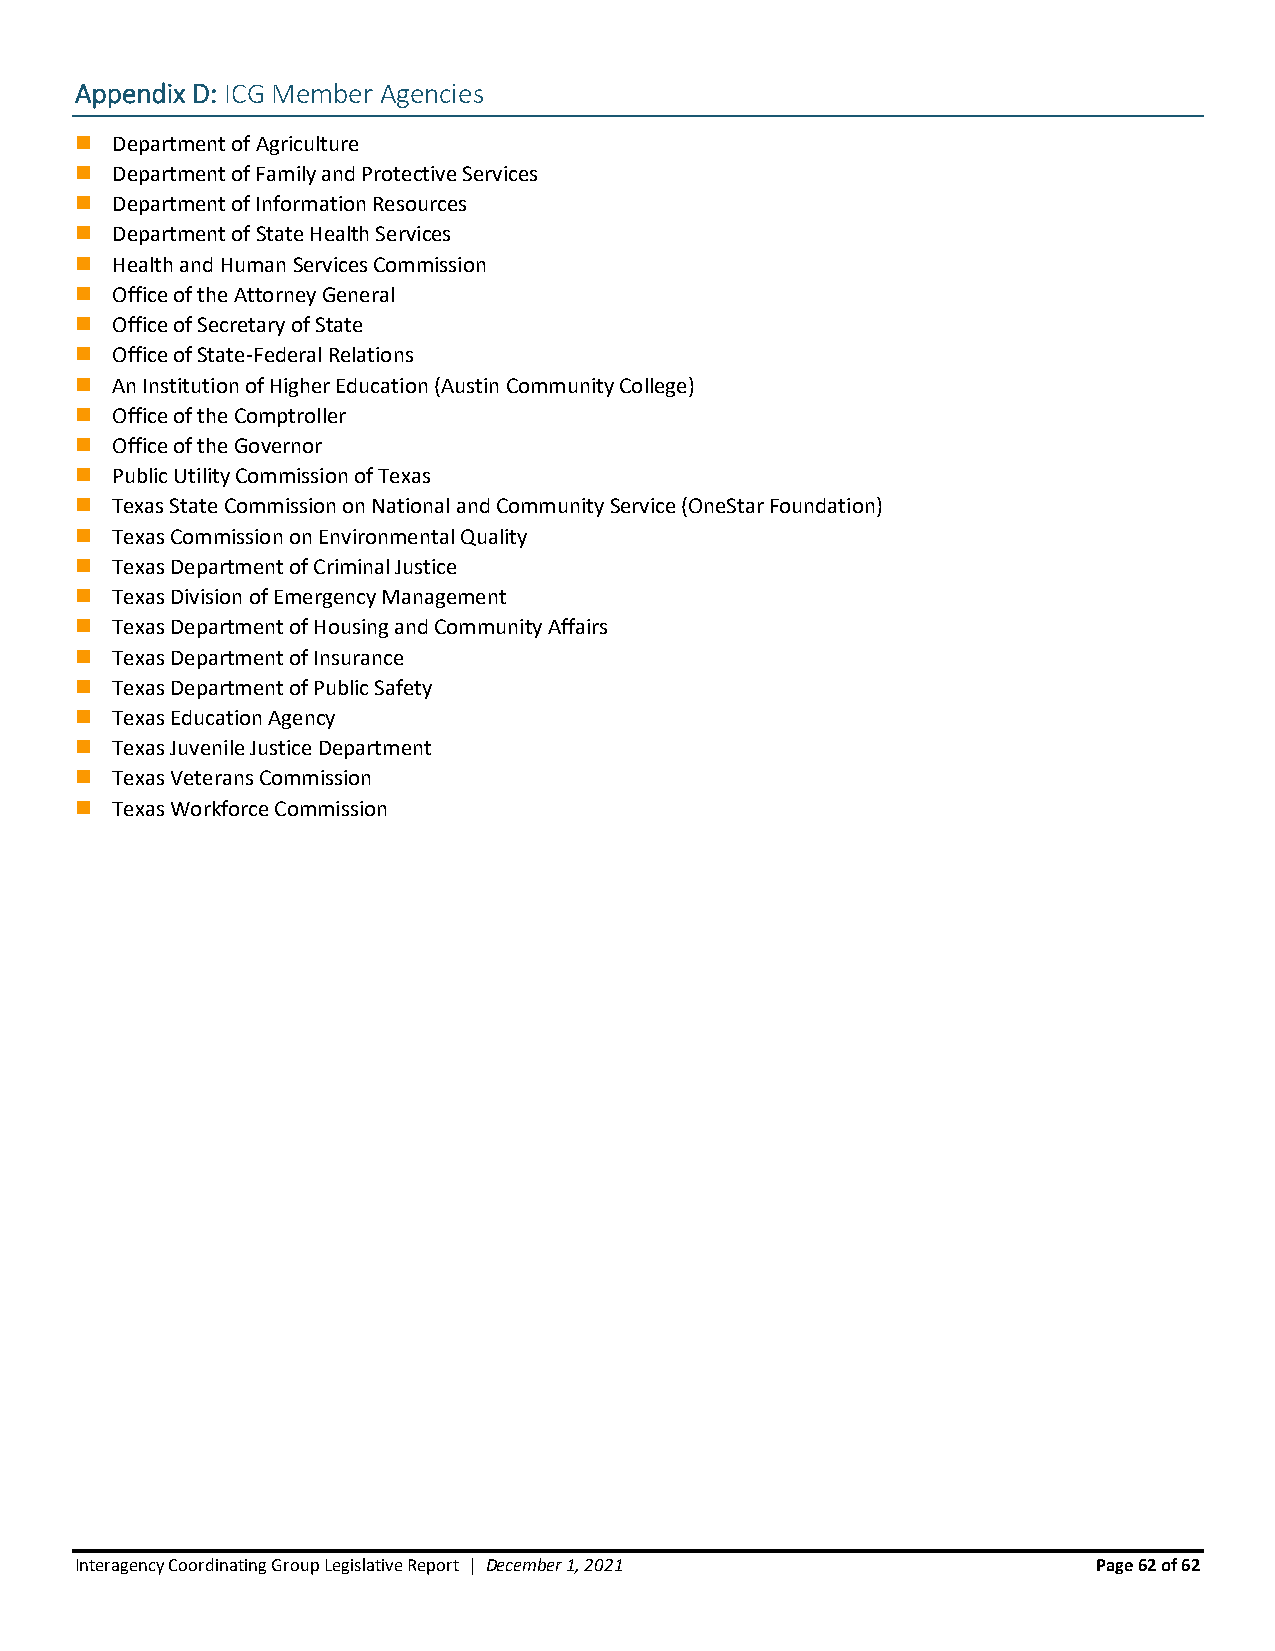
Appendix D: ICG Member Agencies
 ◼ Department of Agriculture
 ◼ Department of Family and Protective Services
 ◼ Department of Information Resources
 ◼ Department of State Health Services
 ◼ Health and Human Services Commission
 ◼ Office of the Attorney General
 ◼ Office of Secretary of State
 ◼ Office of State-Federal Relations
 ◼ An Institution of Higher Education (Austin Community College)
 ◼ Office of the Comptroller
 ◼ Office of the Governor
 ◼ Public Utility Commission of Texas
 ◼ Texas State Commission on National and Community Service (OneStar Foundation)
 ◼ Texas Commission on Environmental Quality
 ◼ Texas Department of Criminal Justice
 ◼ Texas Division of Emergency Management
 ◼ Texas Department of Housing and Community Affairs
 ◼ Texas Department of Insurance
 ◼ Texas Department of Public Safety
 ◼ Texas Education Agency
 ◼ Texas Juvenile Justice Department
 ◼ Texas Veterans Commission
 ◼ Texas Workforce Commission
 Interagency Coordinating Group Legislative Report | December 1, 2021 Page 62 of 62